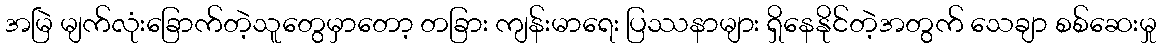
အမြဲ မျက်လုံးခြောက်တဲ့သူတွေမှာတော့ တခြား ကျန်းမာရေး ပြဿနာများ ရှိနေနိုင်တဲ့အတွက် သေချာ စစ်ဆေးမှု